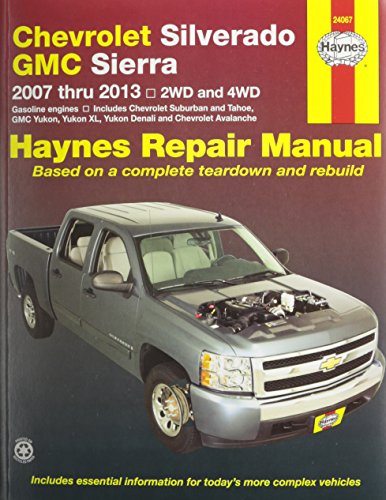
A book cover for Chevrolet Silverado, GMC Sierra 2007 - 2013, 2WD and 4WD Repair Manual (Haynes Repair Manual); Haynes; Engineering & Transportation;